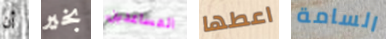
أن بخير المساعدين اعطها السامة